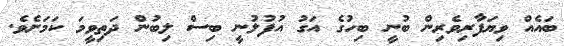
ބައެއް ވިޔަފާރިވެރިން ބުނީ ބިހުގެ އަގު އުފުލުނީ ބިސް ލިބުން ދަތިވީމަ ކަަމަށެވެ.